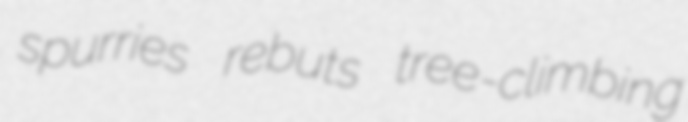
spurries rebuts tree-climbing